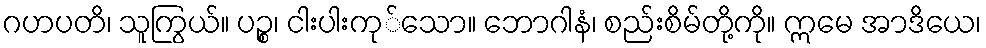
ဂဟပတိ၊ သူကြွယ်။ ပဉ္စ၊ ငါးပါးကု်သော။ ဘောဂါနံ၊ စည်းစိမ်တို့ကို။ ဣမေ အာဒိယေ၊